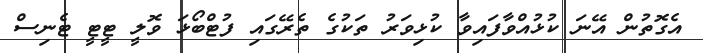
އެގޮތުން އޭނަ ކުޅުއްވާފައިވާ ކުޅިވަރު ތަކުގެ ތެރޭގައި ފުޓްބޯޅަ ވޮލީ ޓީޓީ ޓެނިސް